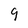
Character: 9